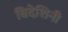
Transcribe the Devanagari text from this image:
बिदेशिनी